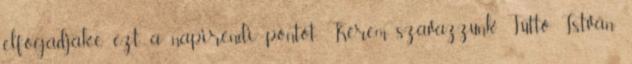
elfogadják-e ezt a napirendi pontot. Kérem szavazzunk. Tüttő István: